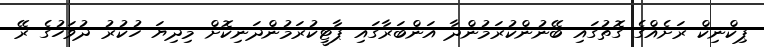
ޕިކްނިކް ރަށެއްގެ ގޮތުގައި ބޭނުންކުރަމުންދާ އަންބަރާގައި ޕާޓީކުރަމުންދަނިކޮށް މިދިޔަ ހުކުރު ދުވަހުގެ ރޭ